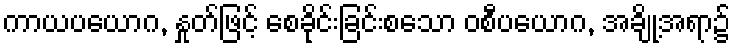
ကာယပယောဂ, နှုတ်ဖြင့် စေခိုင်းခြင်းစသော ဝစီပယောဂ, အချို့အရာ၌